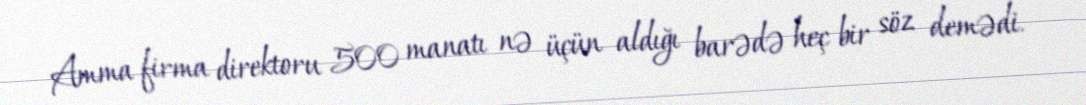
Amma firma direktoru 500 manatı nə üçün aldığı barədə heç bir söz demədi.